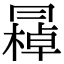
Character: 𠕭